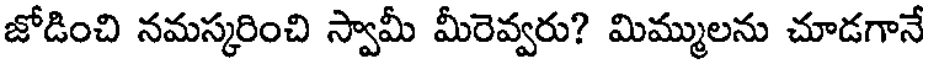
జోడించి నమస్కరించి స్వామీ మీరెవ్వరు? మిమ్ములను చూడగానే